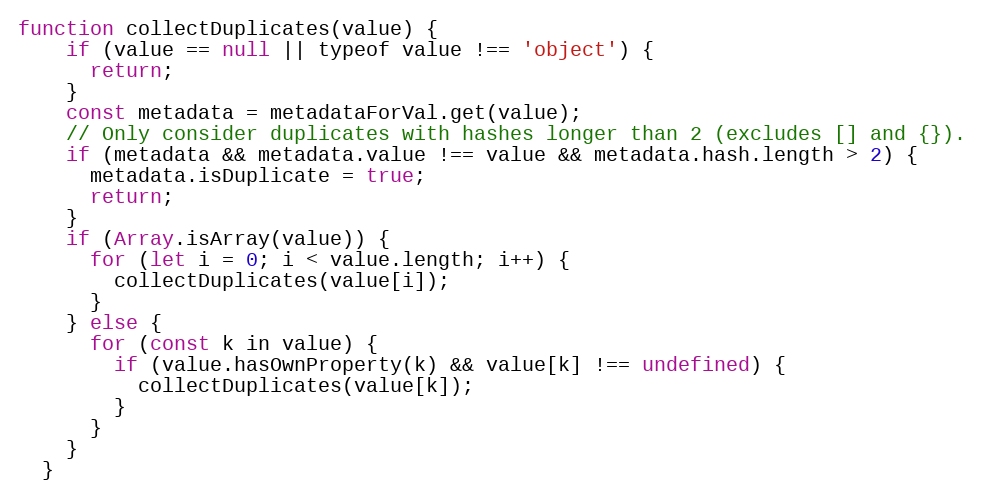
Language: JavaScript
function collectDuplicates(value) {
    if (value == null || typeof value !== 'object') {
      return;
    }
    const metadata = metadataForVal.get(value);
    // Only consider duplicates with hashes longer than 2 (excludes [] and {}).
    if (metadata && metadata.value !== value && metadata.hash.length > 2) {
      metadata.isDuplicate = true;
      return;
    }
    if (Array.isArray(value)) {
      for (let i = 0; i < value.length; i++) {
        collectDuplicates(value[i]);
      }
    } else {
      for (const k in value) {
        if (value.hasOwnProperty(k) && value[k] !== undefined) {
          collectDuplicates(value[k]);
        }
      }
    }
  }